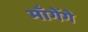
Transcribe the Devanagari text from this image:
माँगेंगे